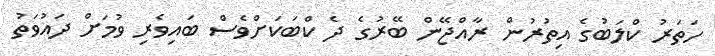
ހަތަރު ކްލަބުގެ އިތުރުން ރާއްޖޭން ބޭރުގެ ދެ ކްބަކަށްވެސް ބައިވެރި ވުމަށް ދައުވަތު